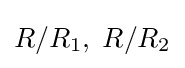
R/R_{1},\;R/R_{2}